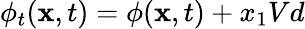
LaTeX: \phi_{t}(\mathbf{x},t)=\phi(\mathbf{x},t)+x_{1}Vd